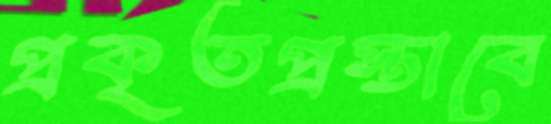
প্রকৃতপ্রস্তাবে